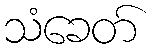
သံခေတ်